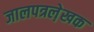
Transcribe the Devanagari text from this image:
जालपत्रले़खक